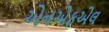
એનએફએલ